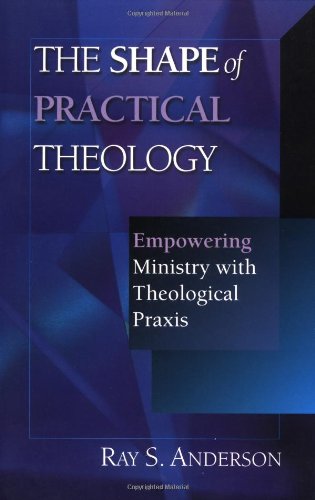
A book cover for The Shape of Practical Theology: Empowering Ministry with Theological Praxis; Ray S. Anderson; Christian Books & Bibles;